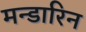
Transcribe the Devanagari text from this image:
मन्डारिन